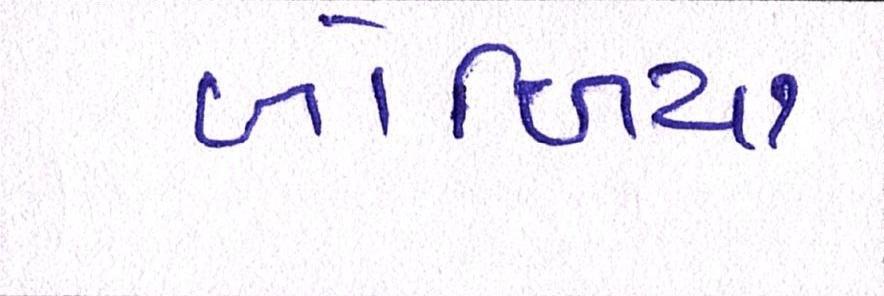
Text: બોળિયા